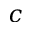
c